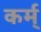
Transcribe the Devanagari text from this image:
कर्म्